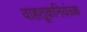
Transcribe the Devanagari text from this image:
वाहतूकनियंत्रक